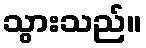
သွားသည်။